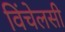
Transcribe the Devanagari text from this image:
विंचेलसी